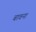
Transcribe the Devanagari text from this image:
बावना